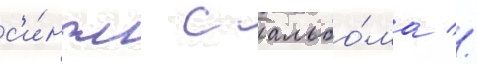
с'и́нгл с альбо́ма //